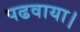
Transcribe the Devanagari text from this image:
पढवाया।